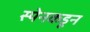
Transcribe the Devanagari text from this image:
स्पेनकडून